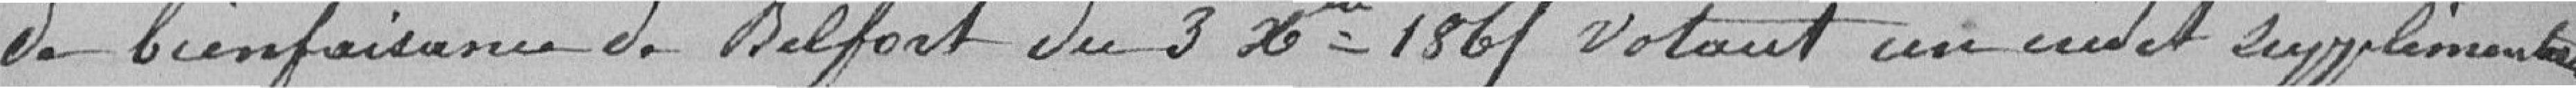
de bienfaisance de Belfort du 3 xe 1861 votant un crédit supplémentaire